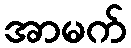
အာမက်